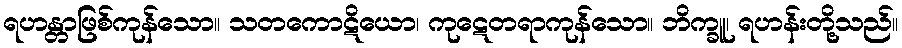
ရဟန္တာဖြစ်ကုန်သော။ သတကောဋိယော၊ ကုဋေတရာကုန်သော။ ဘိက္ခူ၊ ရဟန်းတို့သည်။